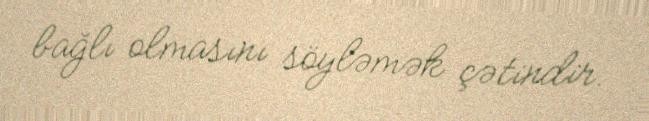
bağlı olmasını söyləmək çətindir.